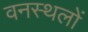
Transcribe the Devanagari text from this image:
वनस्थलों